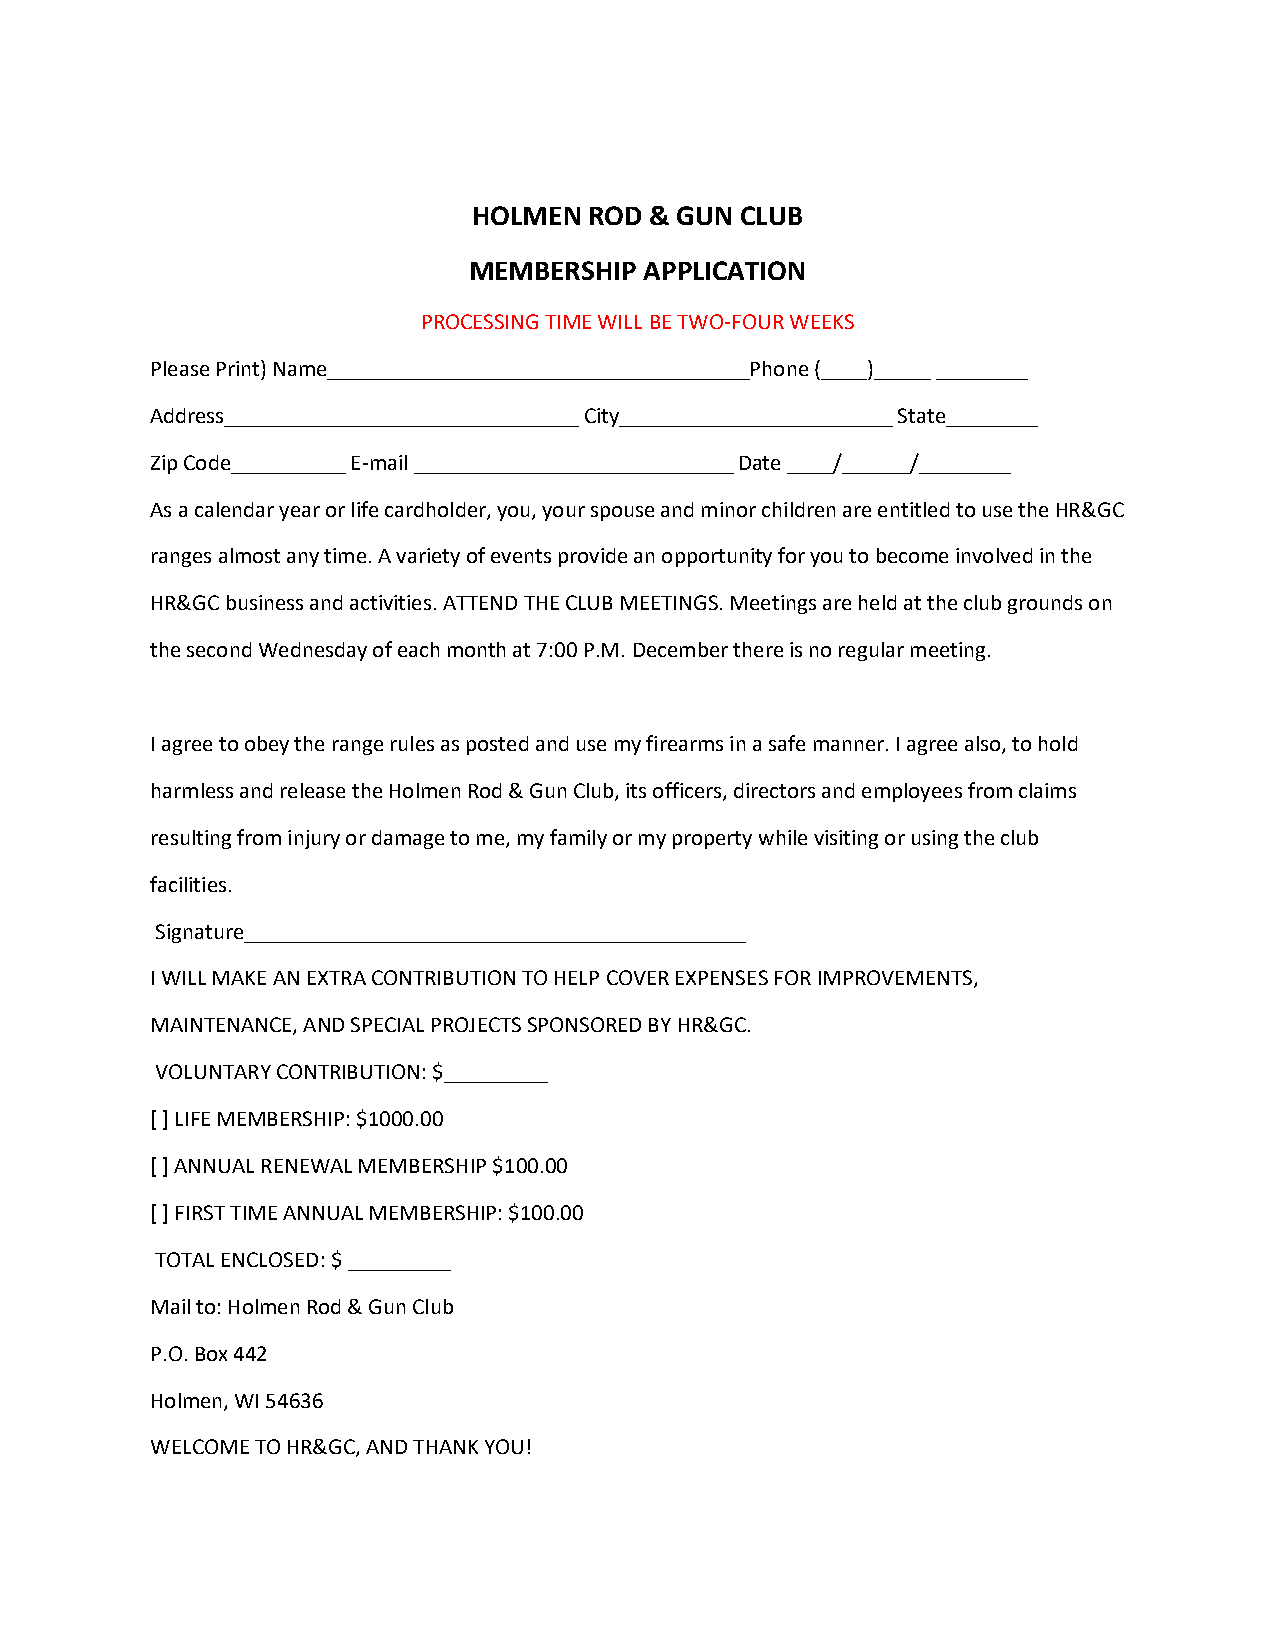
HOLMEN  ROD & GUN CLUB
 MEMBERSHIP  APPLICATION
 PROCESSING TIME WILL BE TWO-FOUR WEEKS
 Please Print) Name_____________________________________Phone (____)_____ ________
 Address_______________________________ City________________________ State________
 Zip Code__________ E-mail ____________________________ Date ____/______/________
 As a calendar year or life cardholder, you, your spouse and minor children are entitled to use the HR&GC
 ranges almost any time. A variety of events provide an opportunity for you to become involved in the
 HR&GC business and activities. ATTEND THE CLUB MEETINGS. Meetings are held at the club grounds on
 the second Wednesday of each month at 7:00 P.M. December there is no regular meeting.
 I agree to obey the range rules as posted and use my firearms in a safe manner. I agree also, to hold
 harmless and release the Holmen Rod & Gun Club, its officers, directors and employees from claims
 resulting from injury or damage to me, my family or my property while visiting or using the club
 facilities.
 Signature____________________________________________
 I WILL MAKE AN EXTRA CONTRIBUTION TO HELP COVER EXPENSES FOR IMPROVEMENTS,
 MAINTENANCE, AND SPECIAL PROJECTS SPONSORED BY HR&GC.
 VOLUNTARY CONTRIBUTION: $_________
 [ ] LIFE MEMBERSHIP: $1000.00
 [ ] ANNUAL RENEWAL MEMBERSHIP $100.00
 [ ] FIRST TIME ANNUAL MEMBERSHIP: $100.00
 TOTAL ENCLOSED: $ _________
 Mail to: Holmen Rod & Gun Club
 P.O. Box 442
 Holmen, WI 54636
 WELCOME TO HR&GC, AND THANK YOU!